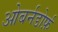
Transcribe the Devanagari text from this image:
ओबर्नडोर्फ़